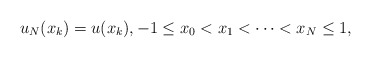
\begin{align*}u_N(x_k)=u(x_k),-1\leq x_0<x_1<\cdots<x_N\leq1,\end{align*}